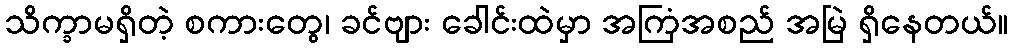
သိက္ခာမရှိတဲ့ စကားတွေ၊ ခင်ဗျား ခေါင်းထဲမှာ အကြံအစည် အမြဲ ရှိနေတယ်။